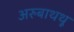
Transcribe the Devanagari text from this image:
अरुबाथथू